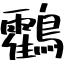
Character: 鸖